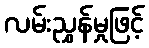
လမ်းညွှန်မှုဖြင့်